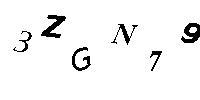
3ZGN79